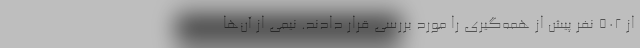
از ۵۰۲ نفر پیش‌ از همه‌گیری را مورد بررسی قرار دادند. نیمی از آن‌ها